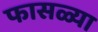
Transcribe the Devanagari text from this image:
फासळ्या